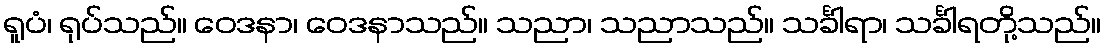
ရူပံ၊ ရုပ်သည်။ ဝေဒနာ၊ ဝေဒနာသည်။ သညာ၊ သညာသည်။ သင်္ခါရာ၊ သင်္ခါရတို့သည်။